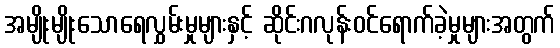
အမျိုးမျိုးသောရေလွှမ်းမှုများနှင့် ဆိုင်းဂလုန်းဝင်ရောက်ခဲ့မှုများအတွက်